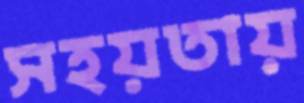
সহয়তায়